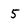
Character: 5